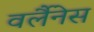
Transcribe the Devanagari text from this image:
वर्लैनेस